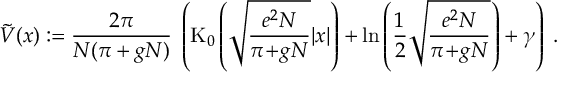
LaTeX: \tilde { V } ( x ) : = \frac { 2 \pi } { N ( \pi + g N ) } \; \left( \mathrm { K } _ { 0 } \left( \sqrt { \frac { e ^ { 2 } N } { \pi \! + \! g N } } | x | \right) + \ln \left( \frac { 1 } { 2 } \sqrt { \frac { e ^ { 2 } N } { \pi \! + \! g N } } \right) + \gamma \right) \; .